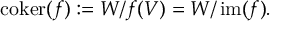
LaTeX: \operatorname { c o k e r } ( f ) : = W / f ( V ) = W / \operatorname { i m } ( f ) .